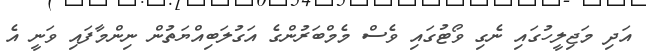
އަދި މަޖިލީހުގައި ނެގި ވޯޓުގައި ވެސް މެމްބަރުންގެ އަގުލަބިއްޔަތުން ނިންމާފައި ވަނީ އެ